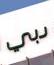
دبي